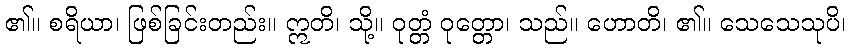
၏။ စရိယာ၊ ဖြစ်ခြင်းတည်း။ ဣတိ၊ သို့။ ဝုတ္တံ ဝုတ္တော၊ သည်။ ဟောတိ၊ ၏။ သေသေသုပိ၊